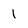
Character: 1